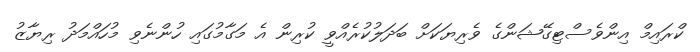
ކްރައިމް އިންވެސްޓިގޭޝަންގެ ވެރިޔަކަށް ބަދަލުކުރެއްވީ ކުރިން އެ މަގާމުގައި ހުންނެވި މުހައްމަދު ރިޔާޒު